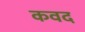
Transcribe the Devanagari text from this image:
कवद